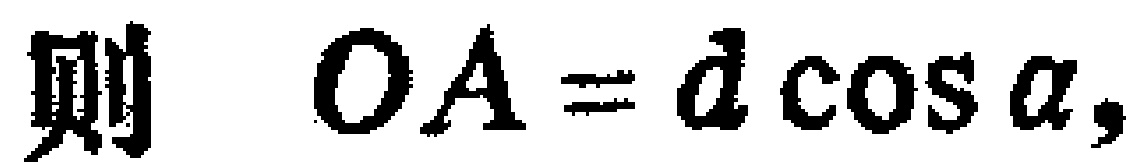
则 \(OA = d\cos\alpha,\)